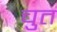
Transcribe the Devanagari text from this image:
चुत